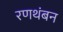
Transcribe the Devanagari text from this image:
रणथंबन